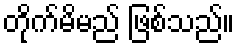
တိုက်မိမည် ဖြစ်သည်။